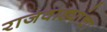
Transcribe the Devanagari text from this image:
राजवाड्यांचा